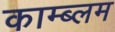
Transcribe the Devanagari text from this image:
काम्ब्लम